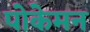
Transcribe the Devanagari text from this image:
पोकेमन